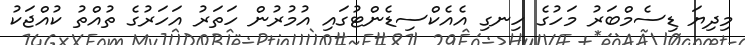
މިދިޔަ ޑިސެމްބަރު މަހުގެ ހިނގި އެއެކްސިޑެންޓުގައި އުމުރުން ހަތަރު އަހަރުގެ ތުއްތު ކުއްޖަކު